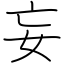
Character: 妄